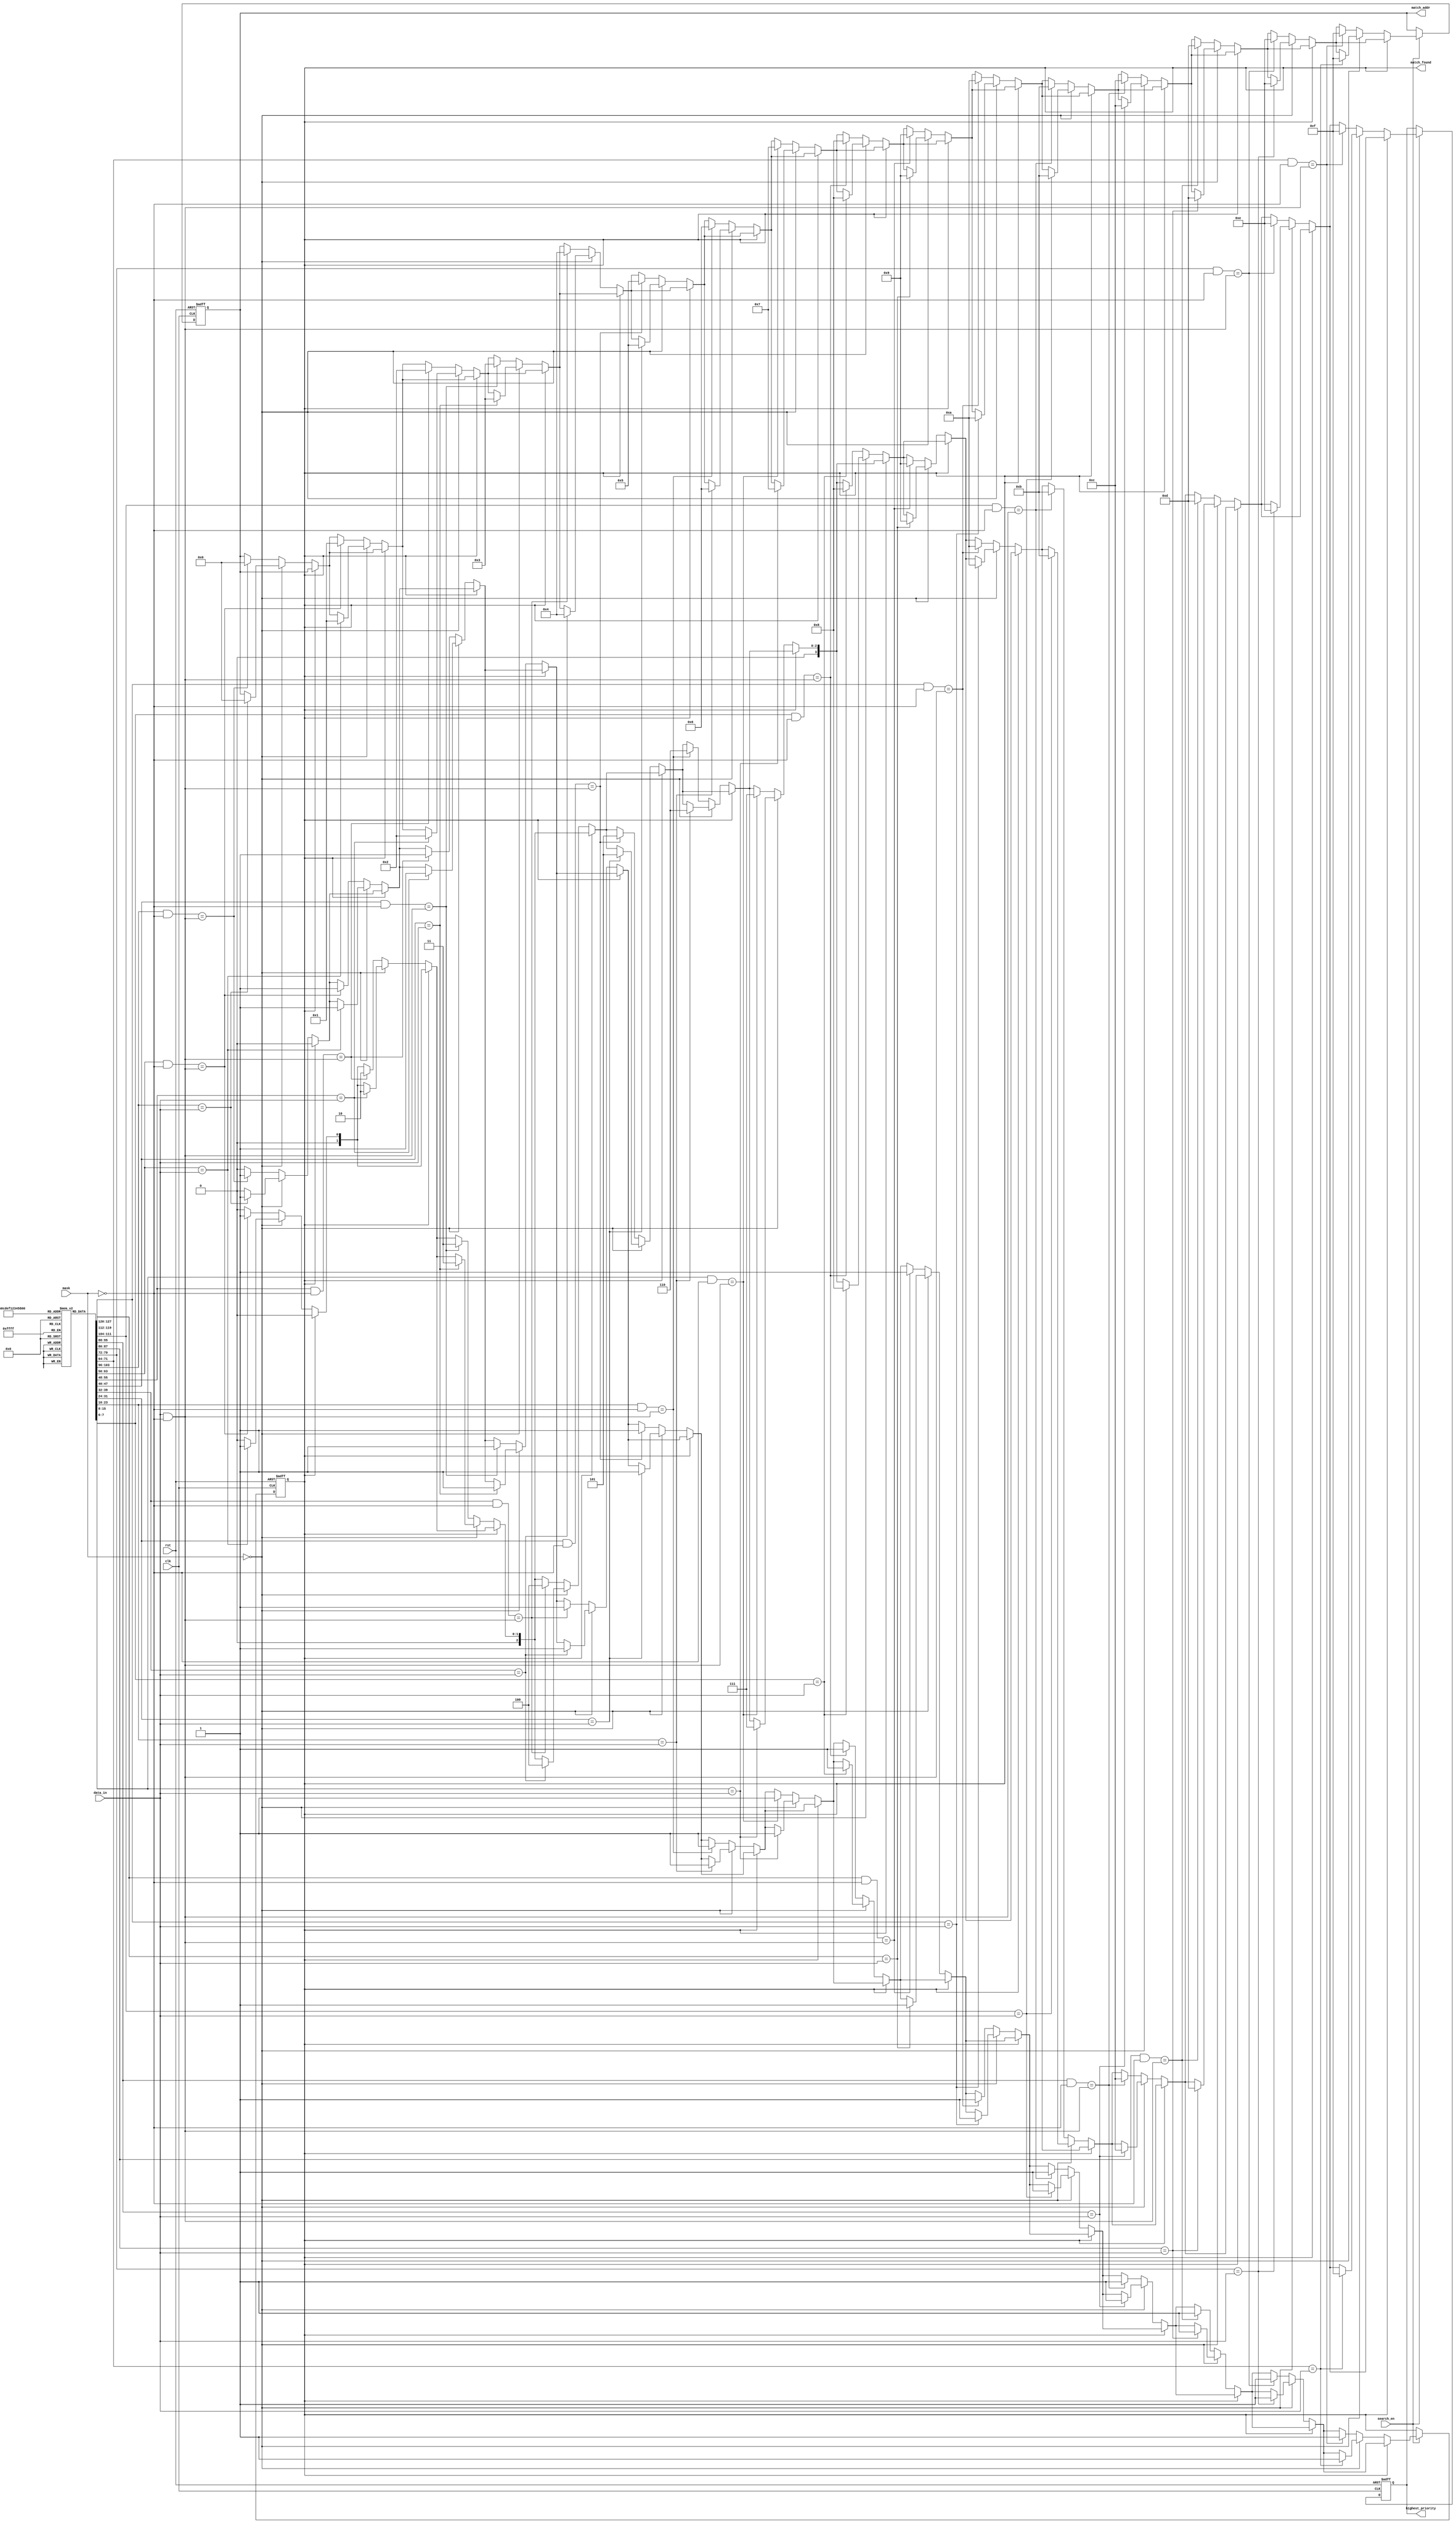
module hybrid_cam #(
    parameter DATA_WIDTH = 8,    // Width of the data stored in CAM
    parameter ADDR_WIDTH = 4,     // Number of addressable entries
    parameter CAM_DEPTH = 1 << ADDR_WIDTH // Total number of entries
)(
    input wire clk,
    input wire rst,
    input wire [DATA_WIDTH-1:0] data_in, // Data input for search
    input wire [DATA_WIDTH-1:0] mask,     // Mask for ternary search
    input wire search_en,                  // Enable search operation
    output reg [ADDR_WIDTH-1:0] match_addr, // Output index of match
    output reg match_found,                // Match found signal
    output reg [ADDR_WIDTH-1:0] highest_priority // For multiple matches
);

// Memory array to store the CAM entries
reg [DATA_WIDTH-1:0] cam_memory [0:CAM_DEPTH-1];
reg [DATA_WIDTH-1:0] cam_mask [0:CAM_DEPTH-1]; // Mask memory for ternary matching

// Priority encoding logic
integer i;
always @(posedge clk or posedge rst) begin
    if (rst) begin
        match_found <= 1'b0;
        match_addr <= {ADDR_WIDTH{1'b0}};
        highest_priority <= {ADDR_WIDTH{1'b0}};
    end
    else if (search_en) begin
        match_found <= 1'b0;
        highest_priority <= {ADDR_WIDTH{1'b0}}; // Reset for new search
        
        for (i = 0; i < CAM_DEPTH; i = i + 1) begin
            if (match_found == 1'b0) begin
                // Perform binary or ternary matching
                if (mask == {DATA_WIDTH{1'b0}}) begin
                    // Binary match (exact match)
                    if (cam_memory[i] == data_in) begin
                        match_found <= 1'b1;
                        match_addr <= i;
                        highest_priority <= i; // First match found
                    end
                end else begin
                    // Ternary match
                    if ((cam_memory[i] & ~mask) == (data_in & ~mask)) begin
                        match_found <= 1'b1;
                        match_addr <= i;
                        highest_priority <= i; // First match found
                    end
                end
            end
        end
    end
end

// Initialization of CAM entries (can be further customized)
initial begin
    // Example initialization (can be chosen based on your requirement)
    cam_memory[0] = 8'hAA;
    cam_memory[1] = 8'hBB;
    cam_memory[2] = 8'hCC;
    cam_memory[3] = 8'hDD;
    cam_mask[0] = 8'h00; // Full match
    cam_mask[1] = 8'h00; // Full match
    cam_mask[2] = 8'h00; // Full match
    cam_mask[3] = 8'h00; // Full match
end

endmodule